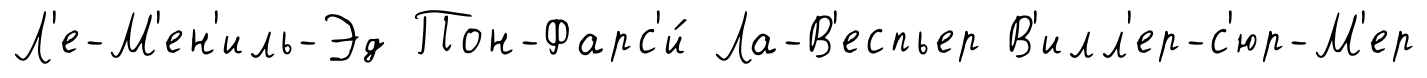
Л'е-М'ен'иль-Эд Пон-Фарс'и́ Ла-В'еспьер В'илл'ер-с'юр-М'ер